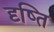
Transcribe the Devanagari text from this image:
दृष्ति